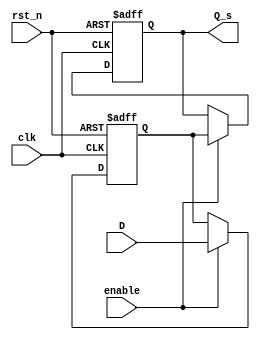
module ms_ff_synchronizer (
    input wire clk,         // Clock signal
    input wire rst_n,      // Asynchronous active-low reset
    input wire enable,      // Enable signal
    input wire D,          // Input data signal
    output reg Q_s         // Synchronized output
);

    reg Q_m;               // Master flip-flop output

    // Master Flip-Flop: Triggered on rising edge of clk
    always @(posedge clk or negedge rst_n) begin
        if (!rst_n) begin
            Q_m <= 1'b0;   // Asynchronous reset
        end else if (enable) begin
            Q_m <= D;      // Capture input D
        end
    end

    // Slave Flip-Flop: Triggered on falling edge of clk
    always @(negedge clk or negedge rst_n) begin
        if (!rst_n) begin
            Q_s <= 1'b0;   // Asynchronous reset
        end else if (enable) begin
            Q_s <= Q_m;    // Capture master output Q_m
        end
    end

endmodule